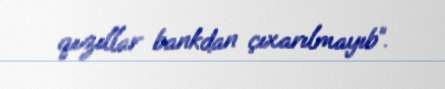
qızıllar bankdan çıxarılmayıb”.